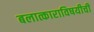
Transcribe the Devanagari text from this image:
बलात्काराविषयीची